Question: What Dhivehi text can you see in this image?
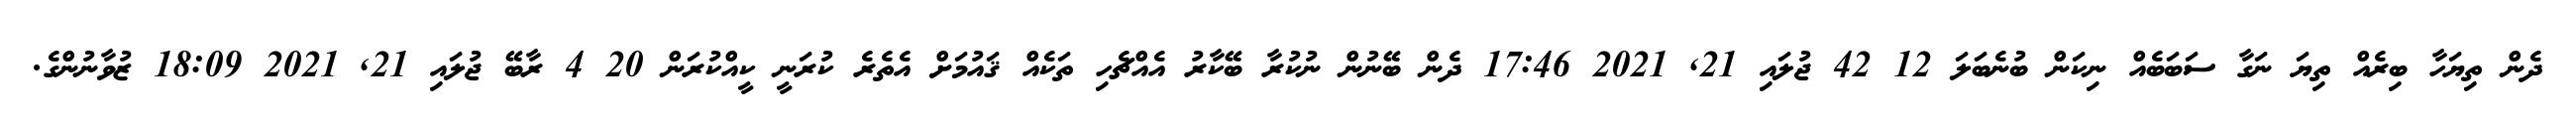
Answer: ދެން ތިޔަހާ ބިރެއް ތިޔަ ނަގާ ސަބަބެއް ނިކަން ބުނެބަލަ 12 42 ޖުލައި 21, 2021 17:46 ދެން ބޭނުން ނުކުރާ ބޭކާރު އެއްޗެހި ތަކެއް ޤައުމަށް އެތެރެ ކުރަނީ ކީއްކުރަން 20 4 ރާބޭ ޖުލައި 21, 2021 18:09 ޒުވާނުންގެ.